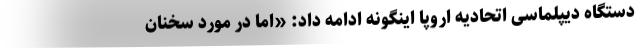
دستگاه دیپلماسی اتحادیه اروپا اینگونه ادامه داد: «اما در مورد سخنان